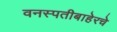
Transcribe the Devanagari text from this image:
वनस्पतीबाहेरचे